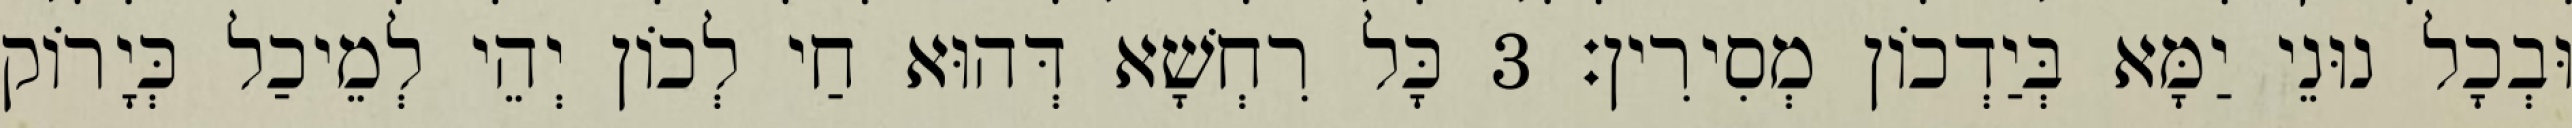
וּבְכָל נוּנֵי יַמָּא בְּיַדְכוֹן מְסִירִין׃ 3 כָּל רִחְשָׁא דְּהוּא חַי לְכוֹן יְהֵי לְמֵיכַל כְּיָרוֹק